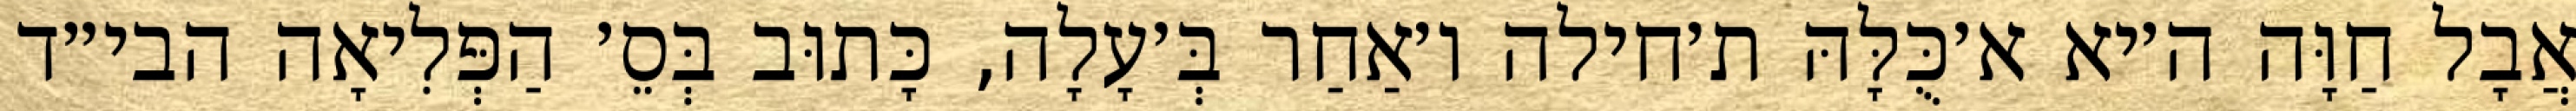
אֲבָל חַוָּה ה׳יא א׳כֻּלָּהּ ת׳חילה ו׳אַחַר בְּ׳עָלָה, כָּתוּב בְּסֵ׳ הַפְּלִיאָה הבי״ד